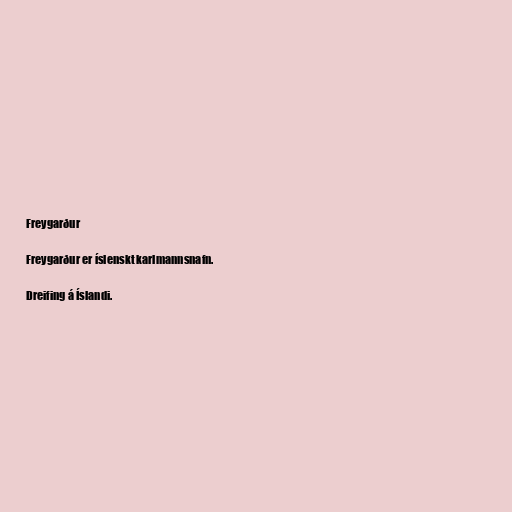
Freygarður

Freygarður er íslenskt karlmannsnafn.

Dreifing á Íslandi.